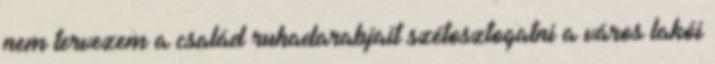
nem tervezem a család ruhadarabjait szétosztogatni a város lakói